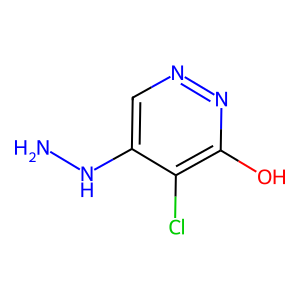
SMILES: NNc1cnnc(O)c1Cl
Inhibits HIV replication: No